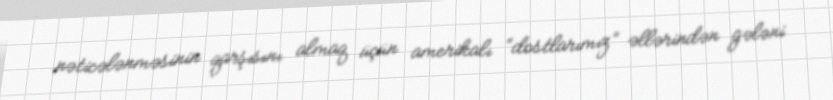
nəticələnməsinin qarşısını almaq üçün amerikalı “dostlarımız” əllərindən gələni